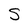
Character: S